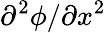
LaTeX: \partial^{2}\phi/\partial x^{2}